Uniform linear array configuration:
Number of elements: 64
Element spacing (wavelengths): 0.75
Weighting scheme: blackman
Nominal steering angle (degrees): -60
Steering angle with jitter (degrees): -59.549
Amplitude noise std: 0.05
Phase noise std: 0.05

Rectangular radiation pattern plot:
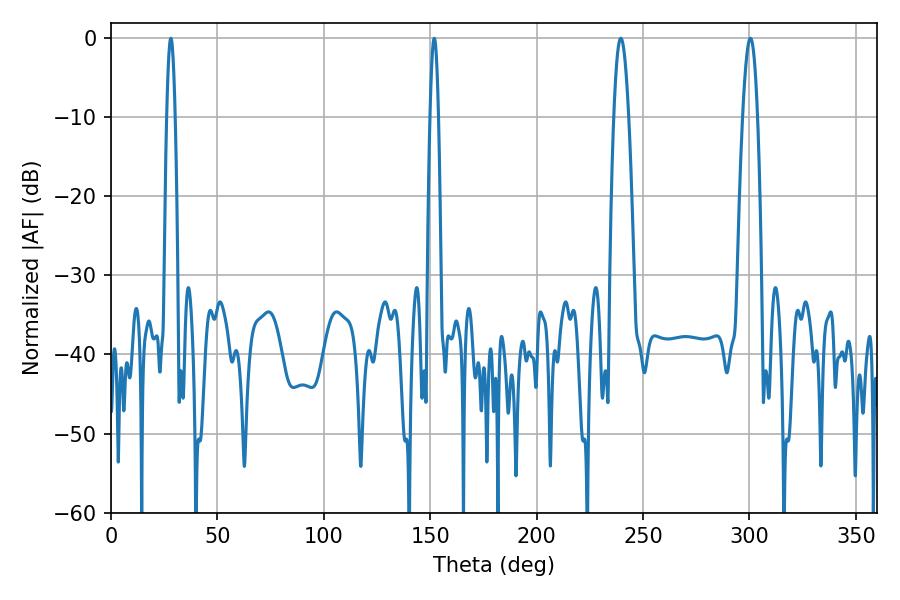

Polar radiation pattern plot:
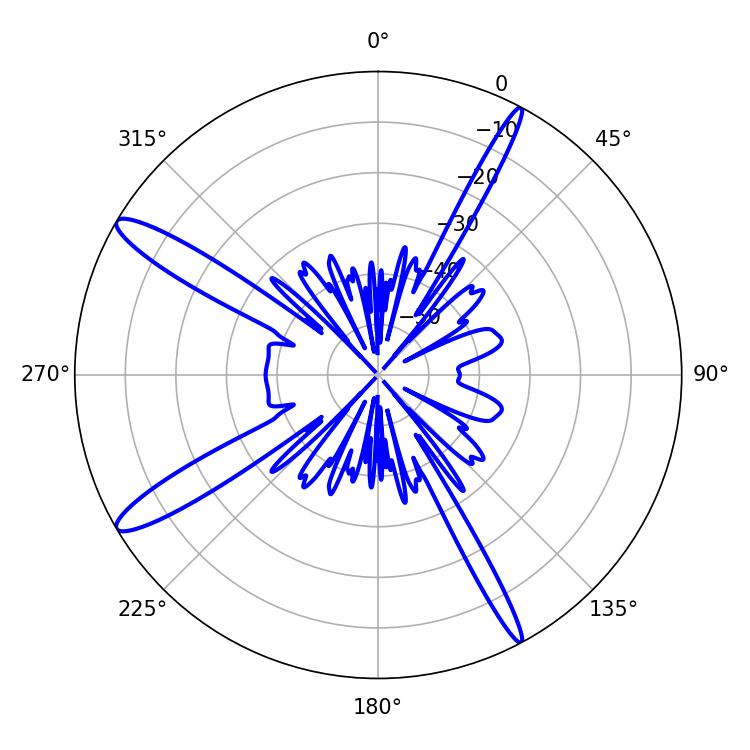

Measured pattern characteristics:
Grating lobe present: TRUE
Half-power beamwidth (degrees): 3.78
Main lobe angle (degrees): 300.42